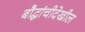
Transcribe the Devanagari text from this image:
बौद्धांचीदेखील